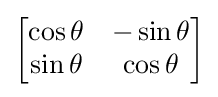
{\begin{bmatrix}\cos \theta &-\sin \theta \\\sin \theta &\cos \theta \end{bmatrix}}